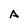
Character: A